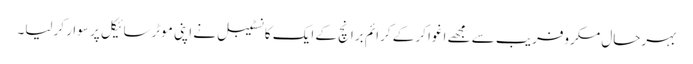
بہرحال مکروفریب سے مجھے اغوا کر کے کرائم برانچ کے ایک کانسٹیبل نے اپنی موٹرسائیکل پر سوار کرلیا۔